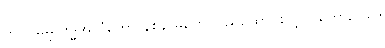
တိုင်ဝမ်မှ ဗုဒ္ဓအလံတော် နစ်နာမှုတွေ ပြည်ထောင်စုလွှတ်တော်ဥပဒေ